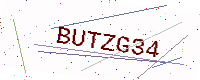
Text: BUTZG34